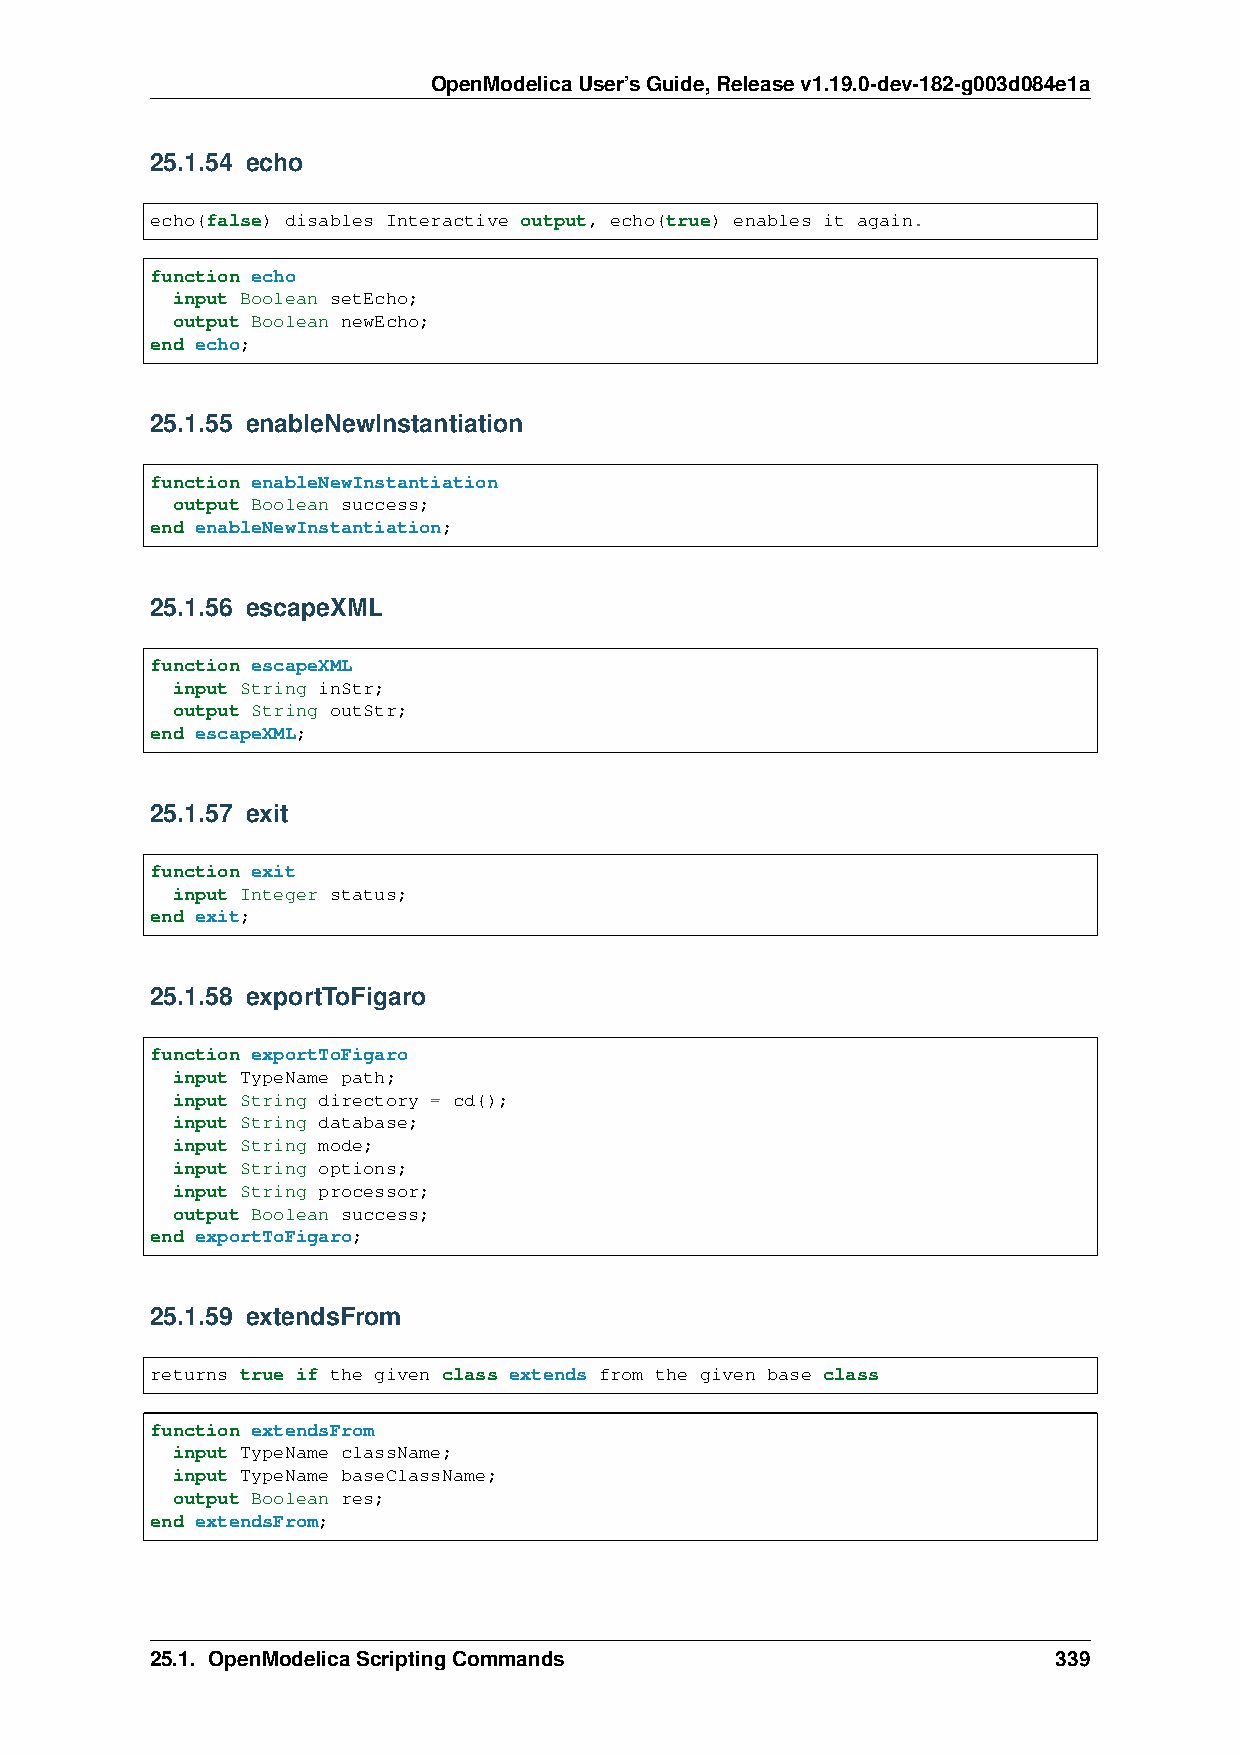
OpenModelicaUser’sGuide,Releasev1.19.0-dev-182-g003d084e1a
 25.1.54 echo
 echo(false) disables Interactive output, echo(true) enables it again.
 function echo
 input Boolean setEcho;
 output Boolean newEcho;
 end echo;
 25.1.55 enableNewInstantiation
 function enableNewInstantiation
 output Boolean success;
 end enableNewInstantiation;
 25.1.56 escapeXML
 function escapeXML
 input String inStr;
 output String outStr;
 end escapeXML;
 25.1.57 exit
 function exit
 input Integer status;
 end exit;
 25.1.58 exportToFigaro
 function exportToFigaro
 input TypeName path;
 input String directory = cd();
 input String database;
 input String mode;
 input String options;
 input String processor;
 output Boolean success;
 end exportToFigaro;
 25.1.59 extendsFrom
 returns true if the given class extends from the given base class
 function extendsFrom
 input TypeName className;
 input TypeName baseClassName;
 output Boolean res;
 end extendsFrom;
 25.1. OpenModelicaScriptingCommands                         339